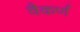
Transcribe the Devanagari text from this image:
वैकर्ण